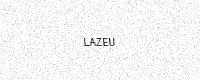
Text: LAZEU